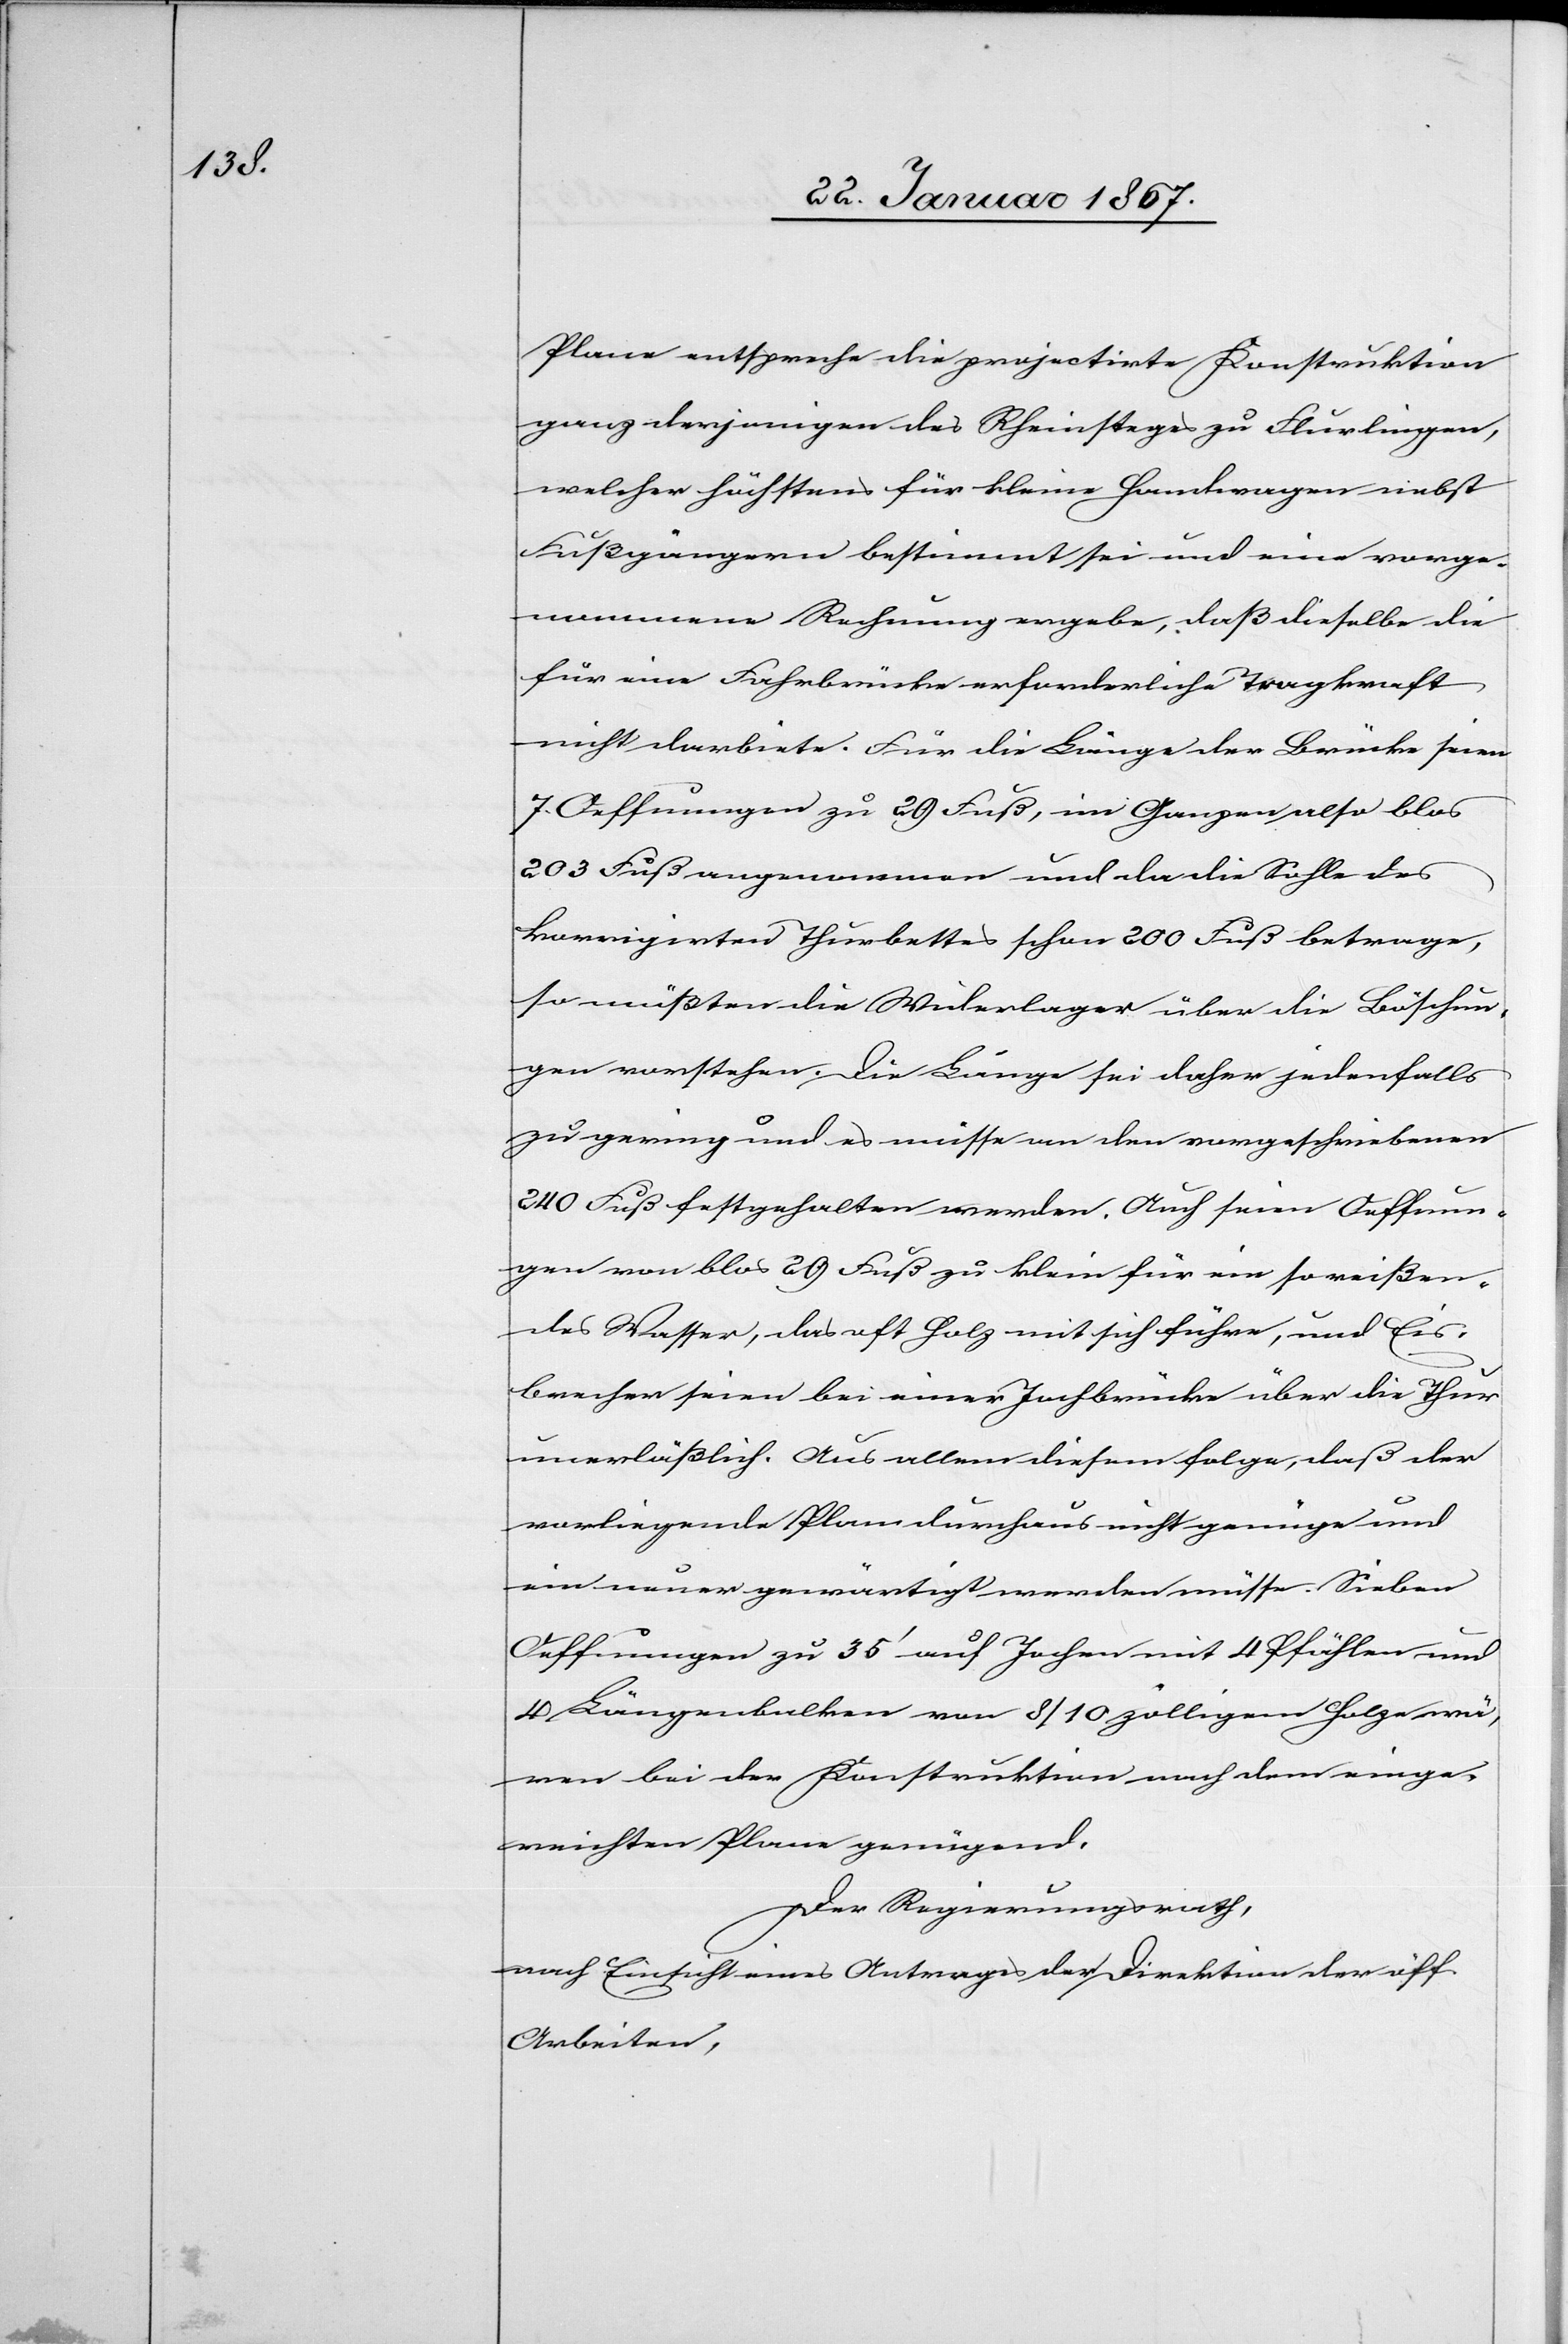
Plan entspreche die projectirte Konstruktion
derjenigen des Rheinsteges zu Flurlingen,
welcher höchstens für kleine Handwagen nebst
Fußgängern bestimmt sei und eine vorge¬
nommene Rechnung ergebe, daß dieselbe die
für eine Fahrbrücke erforderliche Tragkraft
nicht darbiete. Für die Länge der Brücke seien
7. Oeffnungen zu 29 Fuß, im Ganzen also blos
203 Fuß angenommen und da die Sohle des
korrigirten Thurbettes schon 200 Fuß betrage,
so müßten die Widerlager über die Böschun¬
gen vorstehen. Die Länge sei daher jedenfalls
zu gering und es müsse an den vorgeschriebenen
240 Fuß festgehalten werden. Auch seien Oeffnun¬
gen von blos 29 Fuß zu klein für ein so reißen¬
des Wasser, das oft Holz mit sich führe, und Eis¬
brecher seien bei einer Jochbrücke über die Thur
unerläßlich. Aus allen diesem folge, daß der
vorliegende Plan durchaus nicht genüge und
ein neuer gewärtigt werden müsse. Sieben
Oeffnungen zu 35’ auf Jochen mit 4 Pfählen und
4 Langenbalken von 8/10 zölligem Holze wä¬
ren bei der Konstruktion nach dem einge¬
reichten Plan genügend.
Der Regierungsrath,
nach Einsicht eines Antrages der Direktion der öff.
Arbeiten,